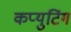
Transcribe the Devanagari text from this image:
कप्युटिंग